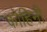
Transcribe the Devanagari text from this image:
कोहिनी